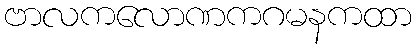
ဗာလကလောဏကဂမနကထာ